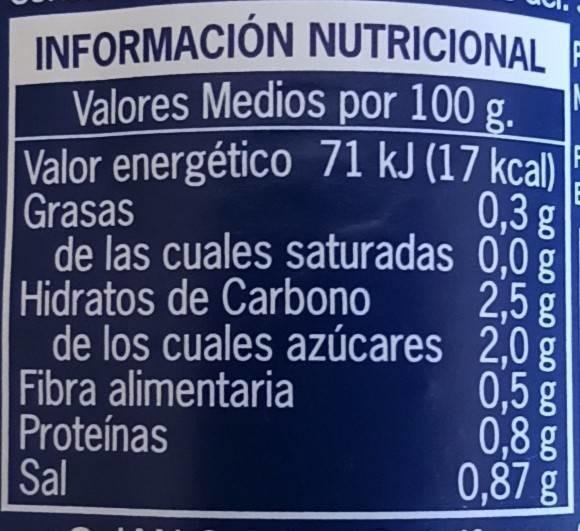
INFORMACIÓN NUTRICIONAL Valores Medios por 100 g. Valor energético 71 kJ (17 kcal) Grasas de las cuales saturadas 0,0 g Hidratos de Carbono de los cuales azúcares 2,0 g Fibra alimentaria Proteínas Sal
0,3 g
2,5g
0,5 g 0,8 g 0,87 g